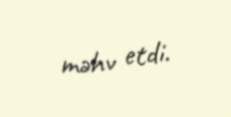
məhv etdi.